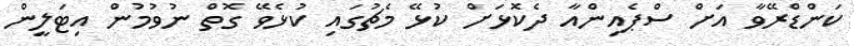
ކަންޑްރޭވާ އަށް ސްޕެއިންއާ ދެކޮޅަށް ކުޅޭ މެޗުގައި ކުޅެވޭ ގޮތް ނުވުމުން އިޓަލީން